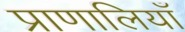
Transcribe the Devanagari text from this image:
प्राणालियाँ